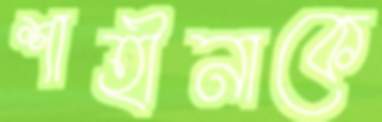
শাহীনাকে